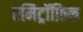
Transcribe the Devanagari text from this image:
एमिट्रॉफ़िक